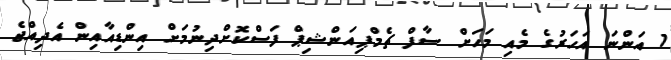
1 އަންނަ އަހަރުގެ މެއި މަހަށް ސާފް ޗެމްޕިއަންޝިޕް ފަސްކޮށްދިނުމަށް އިންޑިއާއިން އެދިއްޖެ